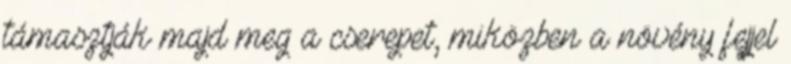
támasztják majd meg a cserepet, miközben a növény fejjel